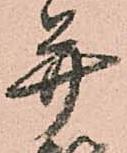
并